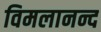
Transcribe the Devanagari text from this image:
विमलानन्द